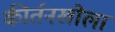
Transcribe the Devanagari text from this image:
कीर्तनखोला